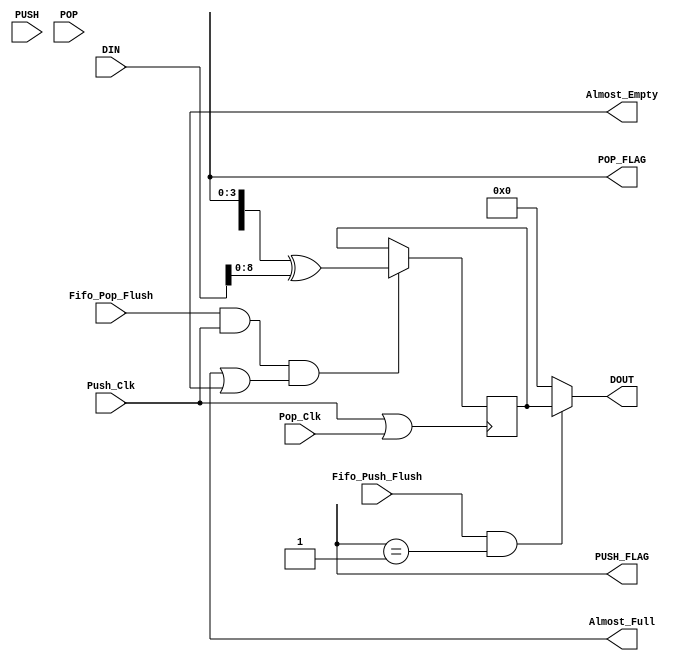
/************************************************************************
** Design Date: April 11, 2005

** Created By SpDE Version: SpDE 9.8.3 ArcticLink Beta(Preliminary)
** Copyright (C) 1998, Customers of QuickLogic may copy and modify this
** file for use in designing QuickLogic devices only.
** Description : This file is autogenerated RTL code that describes the
** top level design file for Asynchronous FIFO using QuickLogic's
** RAM block resources.
************************************************************************/
module af256x18_512x9(DIN,Fifo_Push_Flush,Fifo_Pop_Flush,PUSH,POP,Push_Clk,Pop_Clk,
       Almost_Full,Almost_Empty,PUSH_FLAG,POP_FLAG,DOUT);


input Fifo_Push_Flush,Fifo_Pop_Flush;
input Push_Clk,Pop_Clk;
input PUSH,POP;
input [17:0] DIN;
output [8:0] DOUT;
output [3:0] PUSH_FLAG,POP_FLAG;
output Almost_Full,Almost_Empty;

reg [8:0] RAM9bit;
wire WEN01;
wire V_clk;

assign V_clk = Push_Clk | Pop_Clk;
assign WEN01 = Almost_Full | Almost_Empty;
assign DOUT = ((Fifo_Push_Flush == 1'b1 ) && (PUSH_FLAG == 1'b1)) ? RAM9bit : 9'b0;

always @(posedge V_clk)
begin
	if ((Fifo_Pop_Flush == 1'b1 ) && (Push_Clk == 1'b1) && (WEN01 == 1'b1 ))
	RAM9bit <= {POP,PUSH_FLAG,POP_FLAG} ^ DIN;
end

endmodule